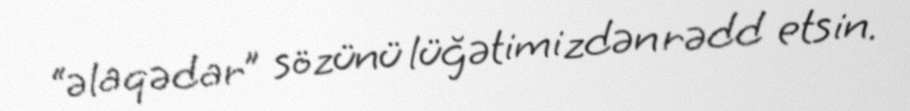
“əlaqədar” sözünü lüğətimizdən rədd etsin.